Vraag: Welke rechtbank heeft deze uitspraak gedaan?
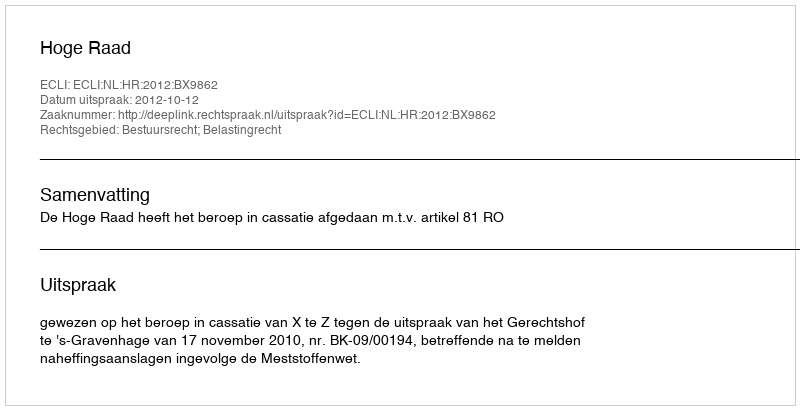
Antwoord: Hoge Raad